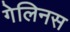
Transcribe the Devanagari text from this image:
गेलिनस